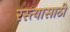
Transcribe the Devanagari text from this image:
रस्त्यासाठी